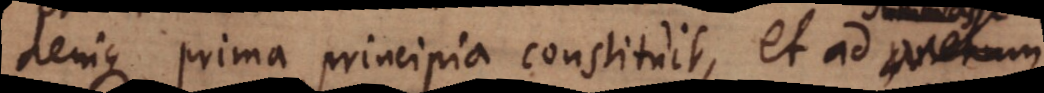
denique prima principia constituit, et ad sum